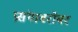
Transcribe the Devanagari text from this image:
प्रसंगाबरोबर